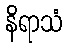
နိရာသံ